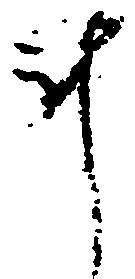
計